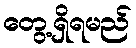
တွေ့ရှိရမည်